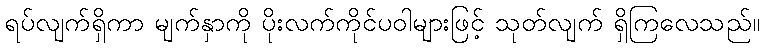
ရပ်လျက်ရှိကာ မျက်နှာကို ပိုးလက်ကိုင်ပဝါများဖြင့် သုတ်လျက် ရှိကြလေသည်။